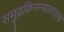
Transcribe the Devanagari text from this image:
समुद्रकिनार्‍यालगतचा